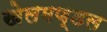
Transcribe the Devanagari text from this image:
खेलमण्डल